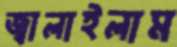
জ্বালাইলাম